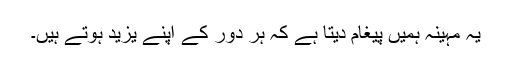
یہ مہینہ ہمیں پیغام دیتا ہے کہ ہر دور کے اپنے یزید ہوتے ہیں۔